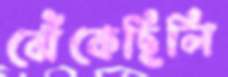
ঝেঁকেছিলি